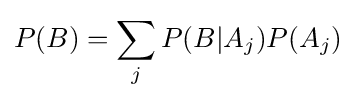
P(B)={\sum _{j}P(B|A_{j})P(A_{j})}